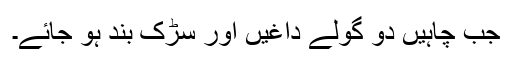
جب چاہیں دو گولے داغیں اور سڑک بند ہو جائے۔